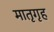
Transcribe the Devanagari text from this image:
मातृगृह